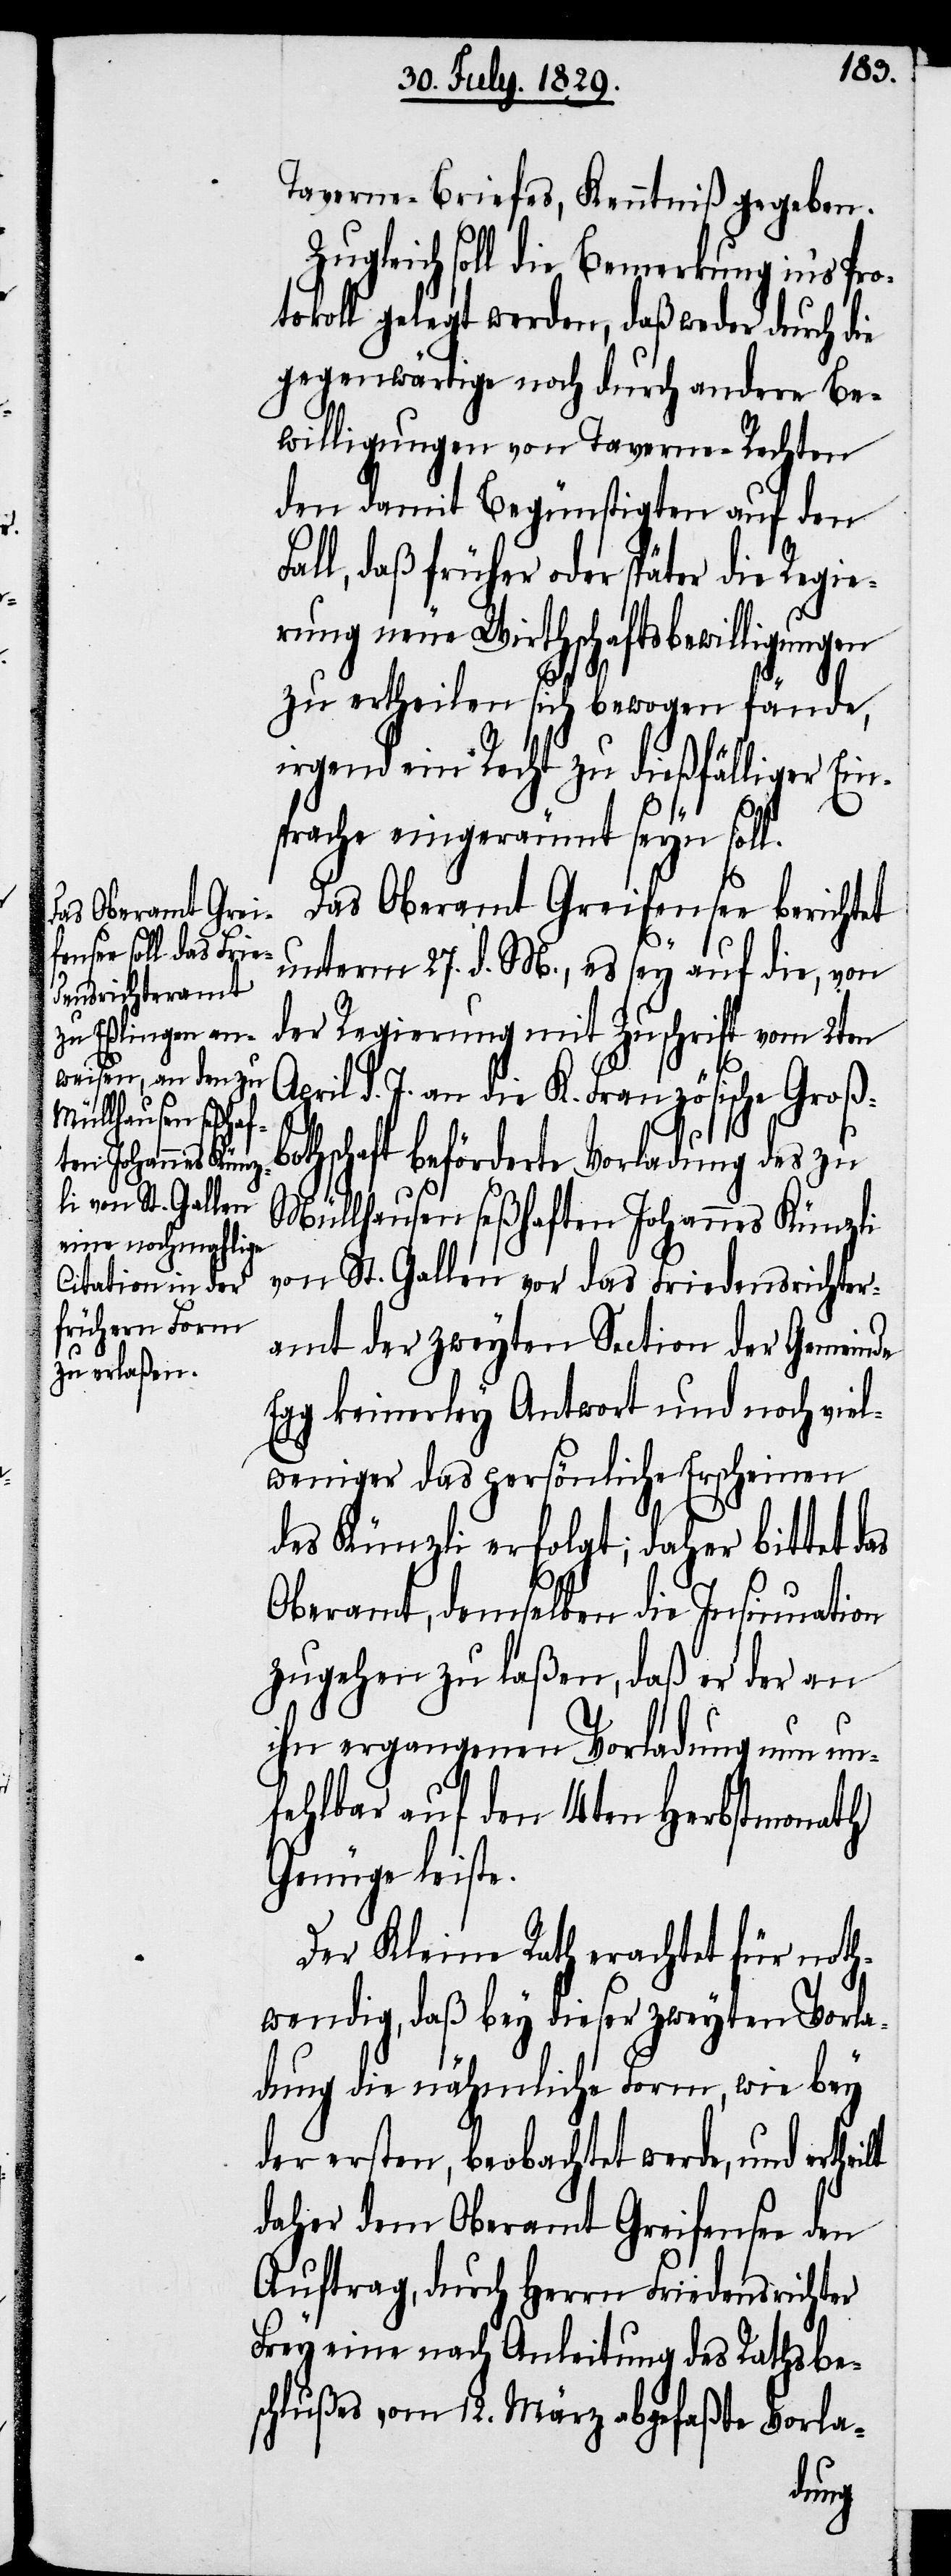
Taverne-Briefes, Kenntniß gegeben.
Zugleich soll die Bemerkung in’s Pro¬
tokoll gelegt werden, daß weder durch die
gegenwärtige noch durch andere Be¬
willigungen von Taverne-Rechten
den damit Begünstigten auf den
Fall, daß früher oder später die Regie¬
rung neue Wirthschaftsbewilligungen
zu ertheilen sich bewogen fände,
irgend ein Recht zu dießfälliger Ein¬
sprache eingeräumt seyn soll.
Das Oberamt Greifensee berichtet
unterm 27. d. M., es sey auf die, von
der Regierung mit Zuschrift vom 2ten
April d. J. an die K. Französische Groß¬
bothschaft beförderte Vorladung des zu
Müllhausen seßhaften Johannes Künzli
von St. Gallen vor das Friedensrichter¬
amt der zweyten Section der Gemeinde
Egg keinerley Antwort und noch viel¬
weniger das persönliche Erscheinen
des Künzli erfolgt; daher bittet das
Oberamt, demselben die Insinuation
zugehen zu laßen, daß er der an
ihn ergangenen Vorladung nun un¬
fehlbar auf den 14ten Herbstmonath
Genüge leiste.
Der Kleine Rath erachtet für noth¬
wendig, daß bey dieser zweyten Vorla¬
dung die nähmliche Form, wie bey
der ersten, beobachtet werde, und ert¬
daher dem Oberamt Greifensee den
Auftrag, durch Herrn Friedensrichter
Frey eine nach Anleitung des Rathsbe¬
schlußes vom 12. May abgefaßte Vorla-
heilt